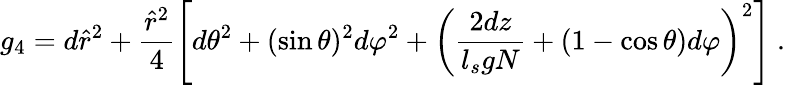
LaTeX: g_{4}=d\hat{r}^{2}+\frac{\hat{r}^{2}}{4}\left[d\theta^{2}+(\sin\theta)^{2}d\varphi^{2}+\left(\frac{2dz}{l_{s}gN}+(1-\cos\theta)d\varphi\right)^{2}\right]~.